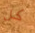
كل